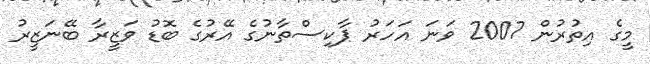
މީގެ އިތުރުން 2007 ވަނަ އަހަރު ޕާކިސްތާނުގެ އޭރުގެ ބޮޑު ވަޒީރާ ބޭނަޒީރު